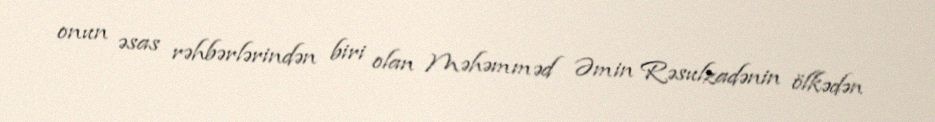
onun əsas rəhbərlərindən biri olan Məhəmməd Əmin Rəsulzadənin ölkədən